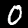
Digit: 0